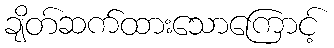
ချိတ်ဆက်ထားသောကြောင့်